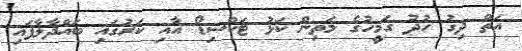
އަތް ދިގު ހުދު ގަމީހުގެ މަތިން ކަޅު ޓަކްސިޑޯ އާއި ކަރުގައި ބައްދާލާފައި